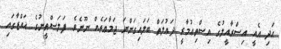
އަދި އެއީ އިސްރާއީލުގެ އިސްތިޢުމާރީ ދަޢުލަތް ބަލައިގަންނަ ޖަމާޢަތެއް ނޫނެެވެ. ފަލަސްޠީނުގެ ޣައްޒާގައި